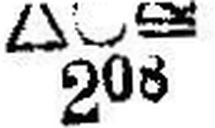
∆ Ο ≅ 208